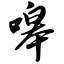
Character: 嗥